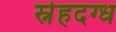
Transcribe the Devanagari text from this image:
स्नेहदग्ध